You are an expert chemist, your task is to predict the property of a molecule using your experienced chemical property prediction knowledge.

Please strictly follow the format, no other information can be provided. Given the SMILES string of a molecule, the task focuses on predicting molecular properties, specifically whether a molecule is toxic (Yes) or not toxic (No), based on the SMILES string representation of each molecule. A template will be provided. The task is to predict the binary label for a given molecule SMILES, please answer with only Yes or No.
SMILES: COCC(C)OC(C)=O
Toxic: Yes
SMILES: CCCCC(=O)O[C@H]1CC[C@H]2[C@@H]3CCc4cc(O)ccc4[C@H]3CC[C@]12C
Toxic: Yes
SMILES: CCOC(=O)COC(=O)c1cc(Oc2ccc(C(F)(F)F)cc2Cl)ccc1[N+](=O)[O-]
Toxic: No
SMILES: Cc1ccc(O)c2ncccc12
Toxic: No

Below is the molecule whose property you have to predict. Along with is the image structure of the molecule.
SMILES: NCCc1cc(O)c(O)cc1O
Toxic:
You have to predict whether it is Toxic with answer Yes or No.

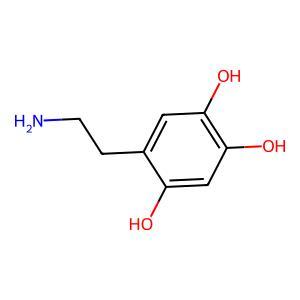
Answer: No